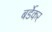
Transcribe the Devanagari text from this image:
बर्डेकर